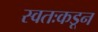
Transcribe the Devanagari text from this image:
स्वतःकडून